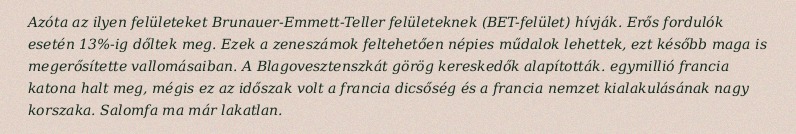
Azóta az ilyen felületeket Brunauer-Emmett-Teller felületeknek (BET-felület) hívják. Erős fordulók esetén 13%-ig dőltek meg. Ezek a zeneszámok feltehetően népies műdalok lehettek, ezt később maga is megerősítette vallomásaiban. A Blagovesztenszkát görög kereskedők alapították. egymillió francia katona halt meg, mégis ez az időszak volt a francia dicsőség és a francia nemzet kialakulásának nagy korszaka. Salomfa ma már lakatlan.